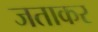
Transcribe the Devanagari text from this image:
जताकर